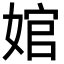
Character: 婠